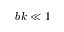
b k \ll 1